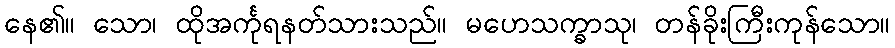
နေ၏။ သော၊ ထိုအင်္ကုရနတ်သားသည်။ မဟေသက္ခာသု၊ တန်ခိုးကြီးကုန်သော။